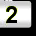
Digit: 2